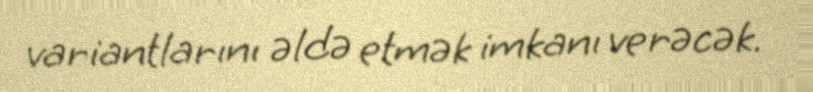
variantlarını əldə etmək imkanı verəcək.